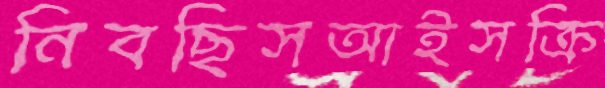
নিবছিসআইসক্রি